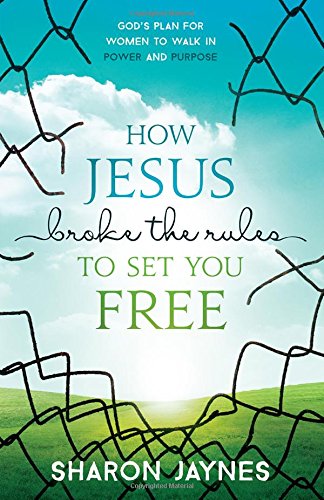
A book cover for How Jesus Broke the Rules to Set You Free: God's Plan for Women to Walk in Power and Purpose; Sharon Jaynes; Christian Books & Bibles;